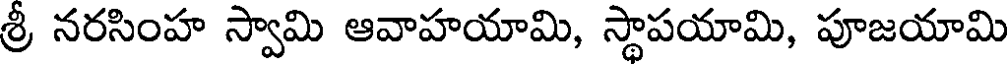
శ్రీ నరసింహ స్వామి ఆవాహయామి, స్థాపయామి, పూజయామి